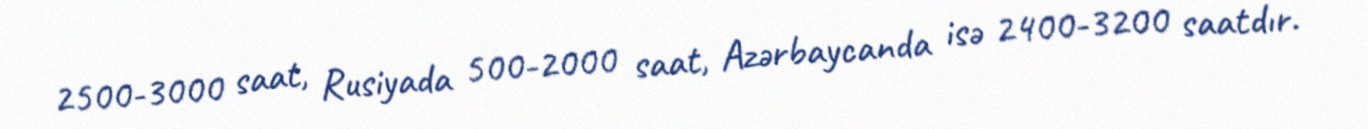
2500-3000 saat, Rusiyada 500-2000 saat, Azərbaycanda isə 2400-3200 saatdır.